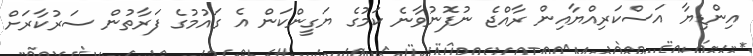
އިންޑިޔާ އަސްކަރިއްޔާއިން ރާއްޖެ ނުފޮނުވާނެ ކަމުގެ ޔަގީންކަން އެ ގައުމުގެ ފަރާތުން ސަރުކާރަށް